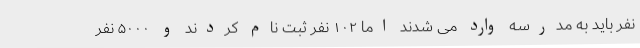
نفر باید به مدرسه وارد می شدند اما ۱۰۲ نفر ثبت نام کردند و ۵۰۰۰ نفر